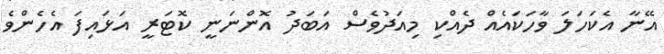
އޭނާ އެކަހަލަ ވާހަކައެއް ދެއްކި މިއަދުވެސް އަބަދު އޮންނަނީ ކޮޓަރީ އަޅައިފަ އެހެންވެ